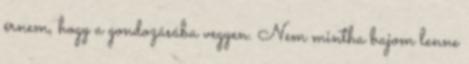
érnem, hogy a gondozásába vegyen. Nem mintha bajom lenne